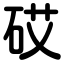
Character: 砹